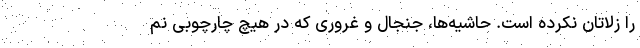
را زلاتان نکرده است. حاشیه‌ها، جنجال و غروری که در هیچ چارچوبی نم